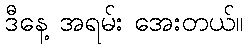
ဒီနေ့ အရမ်း အေးတယ်။